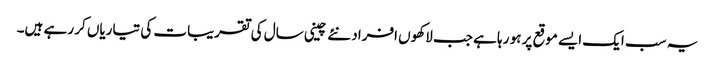
یہ سب ایک ایسے موقع پر ہو رہا ہے جب لاکھوں افراد نئے چینی سال کی تقریبات کی تیاریاں کر رہے ہیں۔